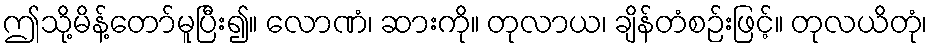
ဤသို့မိန့်တော်မူပြီး၍။ လောဏံ၊ ဆားကို။ တုလာယ၊ ချိန်တံစဉ်းဖြင့်။ တုလယိတုံ၊